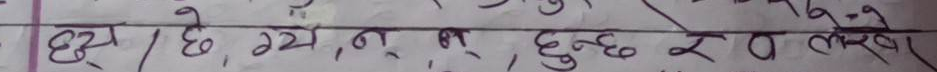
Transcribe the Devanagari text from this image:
छ। छे, ग्ये, न् त्, हुन्छ र लेखे।